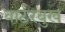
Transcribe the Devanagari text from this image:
वार्टरबुख